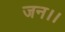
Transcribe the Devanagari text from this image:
जन।।